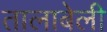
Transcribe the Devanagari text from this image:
तालाबेली